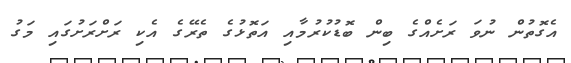
އެގޮތުން ނުވަ ރަށެއްގެ ބިން ބޮޑުކުރުމާއި އަތޮޅުގެ ތެރޭގެ އެކި ރަށްރަށުގައި މަގު